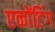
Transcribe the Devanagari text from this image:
एकोंटिंग